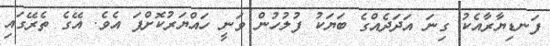
ފަނޑިޔާރާއެކު ގިނަ އަދަދެއްގެ ބަޔަކު ފުލުހުން ވަނީ ހައްޔަރުކޮށްފަ އެވެ. އޭގެ ތެރޭގައި